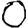
Digit: 0